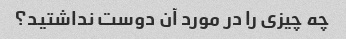
چه چیزی را در مورد آن دوست نداشتید؟